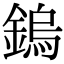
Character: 鎢